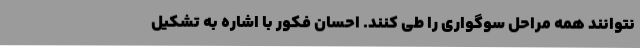
نتوانند همه مراحل سوگواری را طی کنند. احسان فکور با اشاره به تشکیل